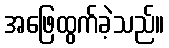
အဖြေထွက်ခဲ့သည်။